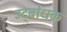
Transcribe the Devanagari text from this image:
उद्‍बोधक